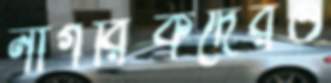
নাগরিকদেরও